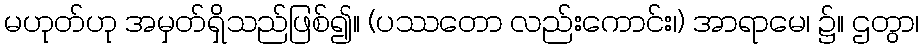
မဟုတ်ဟု အမှတ်ရှိသည်ဖြစ်၍။ (ပဿတော လည်းကောင်း၊) အာရာမေ၊ ၌။ ဌတွာ၊